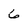
Character: 6